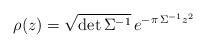
LaTeX: \begin{align*}\rho(z) = \sqrt{\det\Sigma^{-1}} \, e^{-\pi \, \Sigma^{-1}z^{2}}\end{align*}